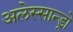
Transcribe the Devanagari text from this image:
अलेस्सान्ड्रो